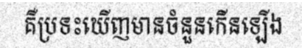
គឺប្រទះឃើញមានចំនួនកើនឡើង